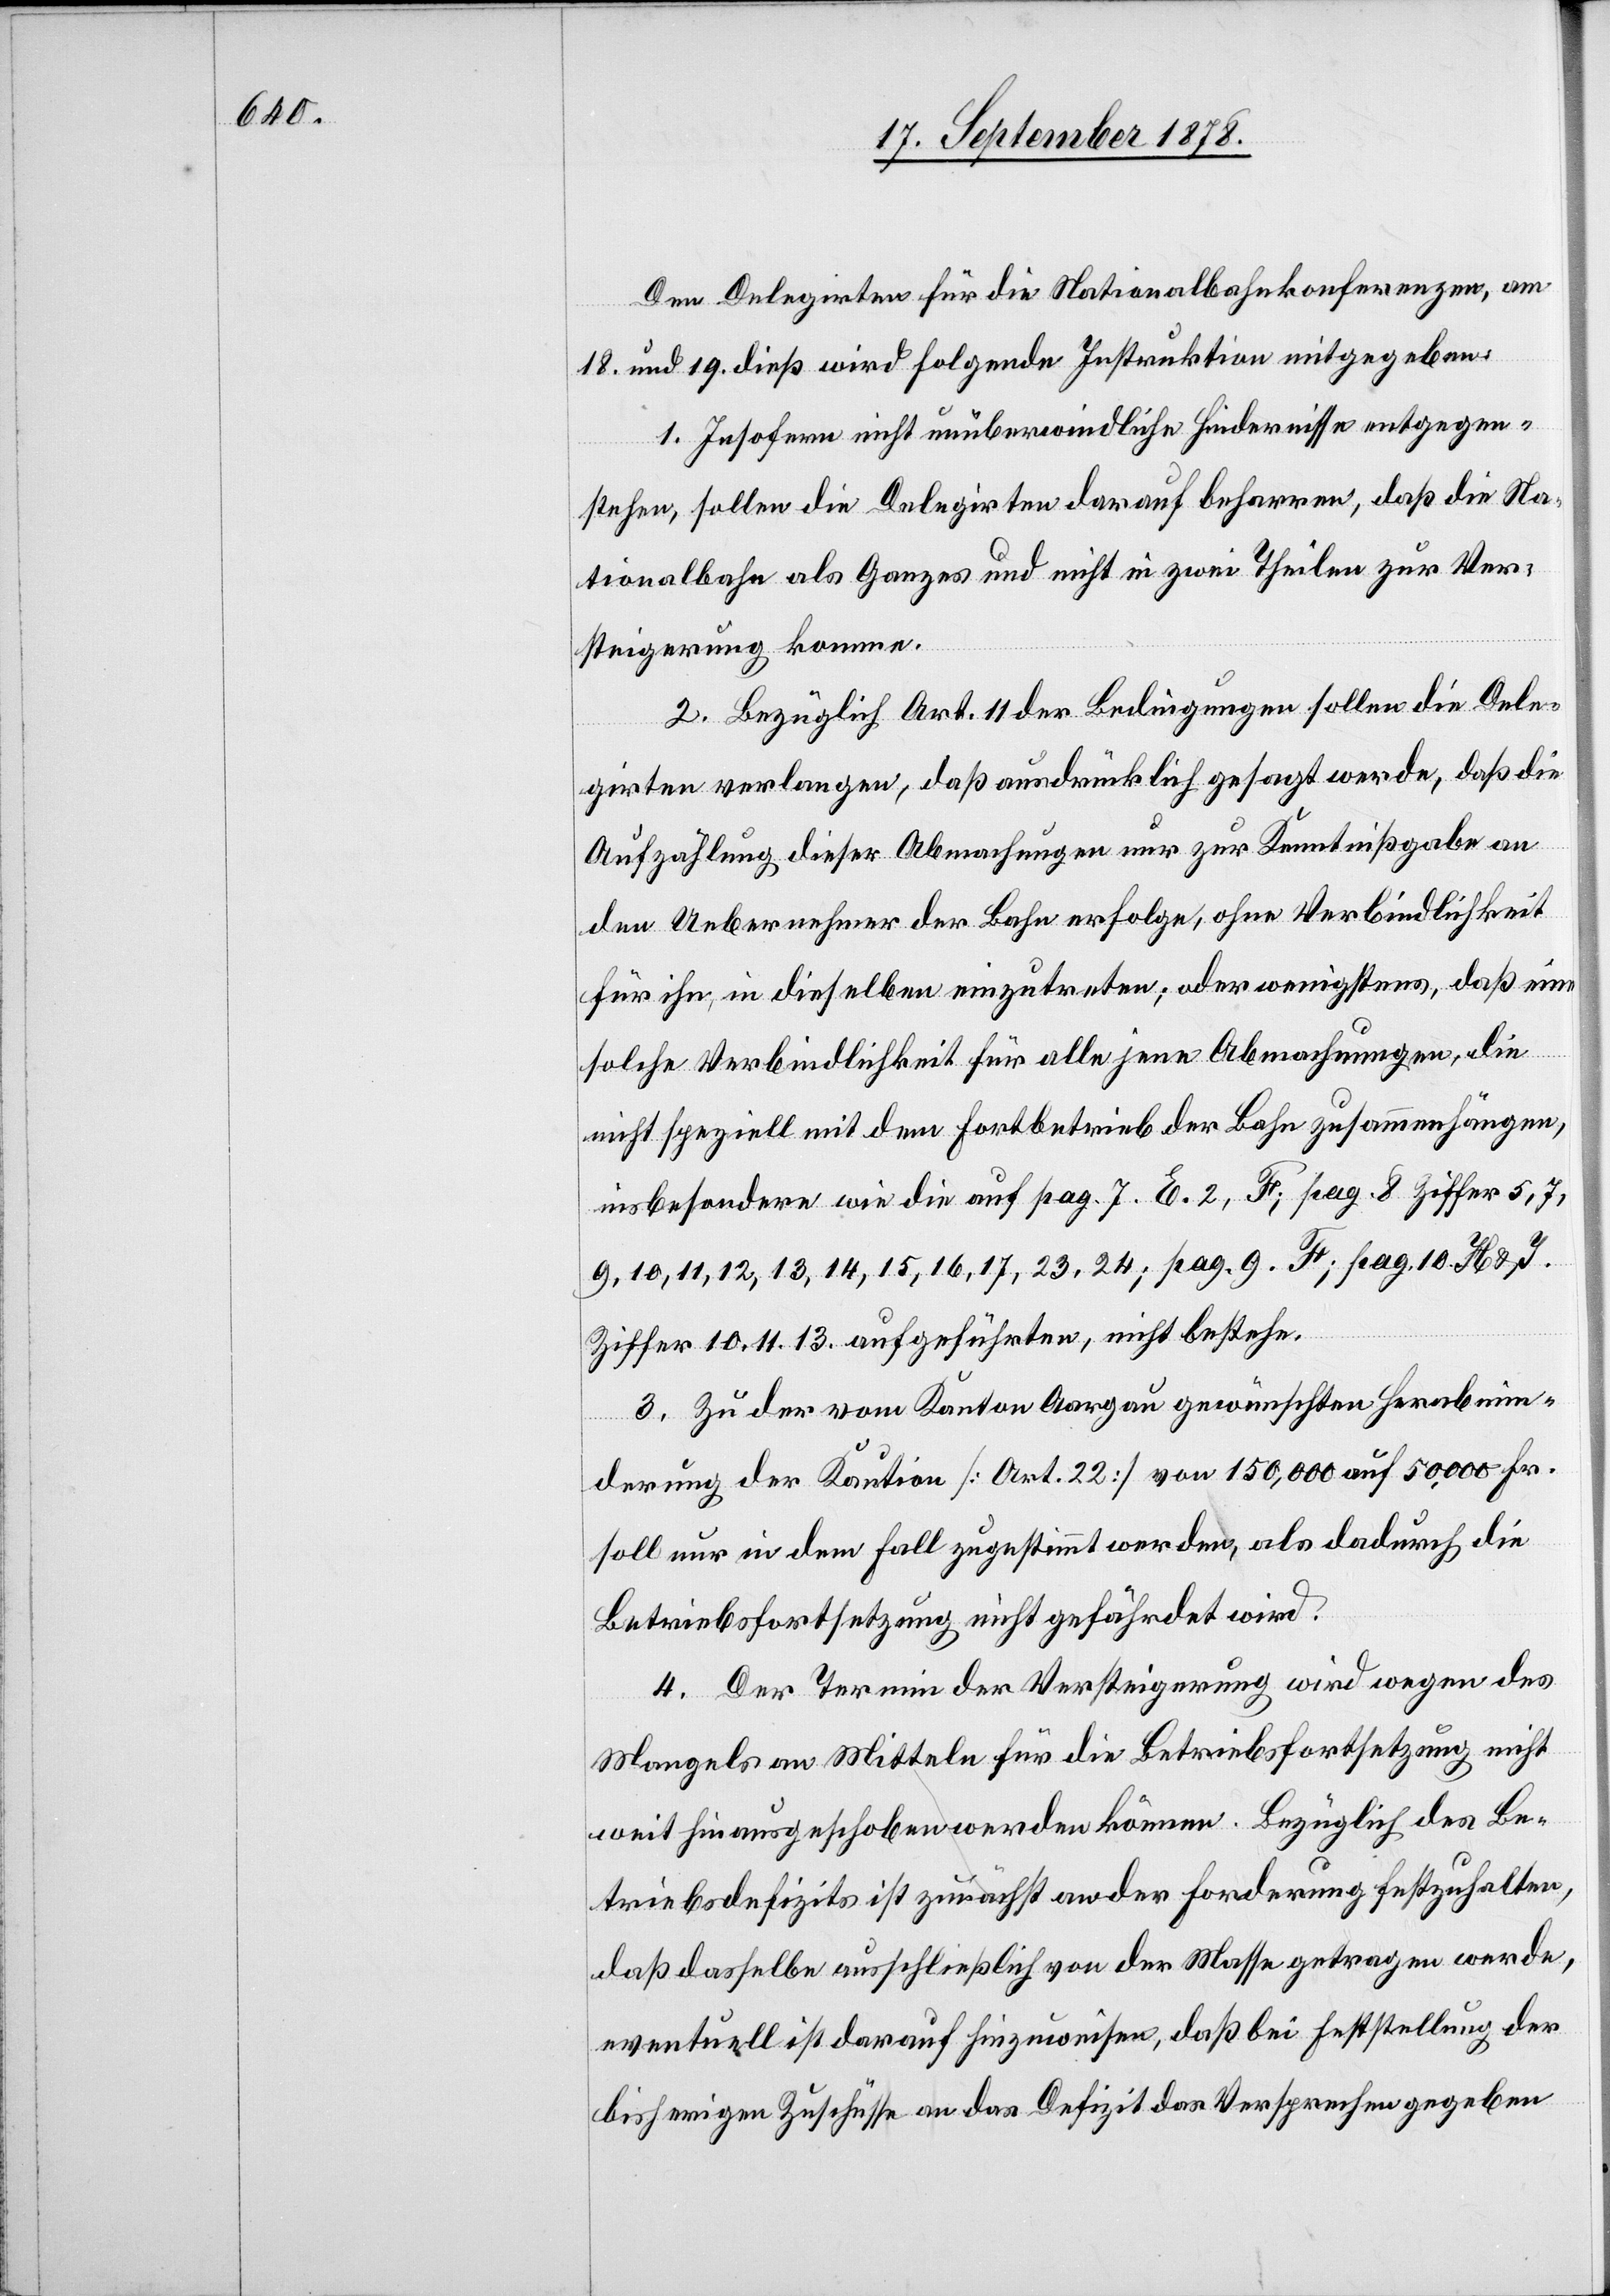
Den Delegirten für die Nationalbahnkonferenzen, am
18. und 19. dieß wird folgende Instruktion mitgegeben:
1. Insofern nicht unüberwindliche Hindernisse entgegen¬
stehen, sollen die Delegirten darauf beharren, daß die Na¬
tionalbahn als Ganzes und nicht in zwei Theilen zur Ver¬
steigerung komme.
2. Bezüglich Art. 11 der Bedingungen sollen die Dele¬
girten verlangen, daß ausdrücklich gesagt werde, daß die
Aufzählung dieser Abmachungen nur zur Kenntnißgabe an
den Uebernehmer der Bahn erfolge, ohne Verbindlichkeit
für ihn, in dieselben einzutreten; oder wenigstens, daß eine
solche Verbindlichkeit für alle jene Abmachungen, die
nicht speziell mit dem Fortbetrieb der Bahn zusammenhängen,
insbesondere wie die auf pag. 7 E, 2 F, pag. 8 Ziffer 5, 7,
9, 10, 11, 12, 13, 14, 15, 16, 17, 23, 34; pag. 9 F; pag. 10 H & J
Ziffer 10, 11, 13 aufgeführten, nicht bestehe.
3. Zu der vom Kanton Aargau gewünschten Herabmin¬
derung der Kaution [Art. 22] von 150,000 auf 50,000 Fr.
soll nur in dem Fall zugestimmt werden, als dadurch die
Betriebsfortsetzung nicht gefährdet wird.
4. Der Termin der Versteigerung wird wegen des
Mangels an Mitteln für die Betriebsfortsetzung nicht
weit hinausgeschoben werden können. Bezüglich des Be¬
triebsdefizits ist zunächst an der Forderung festzuhalten,
daß dasselbe ausschließlich von der Masse getragen werde,
eventuell ist darauf hinzuweisen, daß bei Feststellung der
bisherigen Zuschüsse an das Defizit das Versprechen gegeben